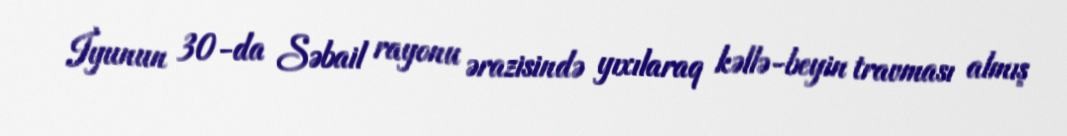
İyunun 30-da Səbail rayonu ərazisində yıxılaraq kəllə-beyin travması almış